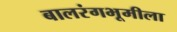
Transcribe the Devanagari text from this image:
बालरंगभूमीला